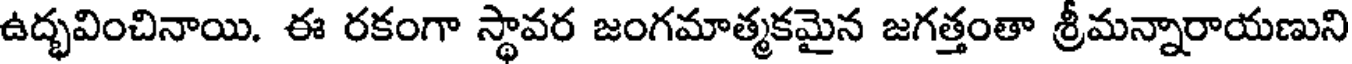
ఉద్భవించినాయి. ఈ రకంగా స్థావర జంగమాత్మకమైన జగత్తంతా శ్రీమన్నారాయణుని